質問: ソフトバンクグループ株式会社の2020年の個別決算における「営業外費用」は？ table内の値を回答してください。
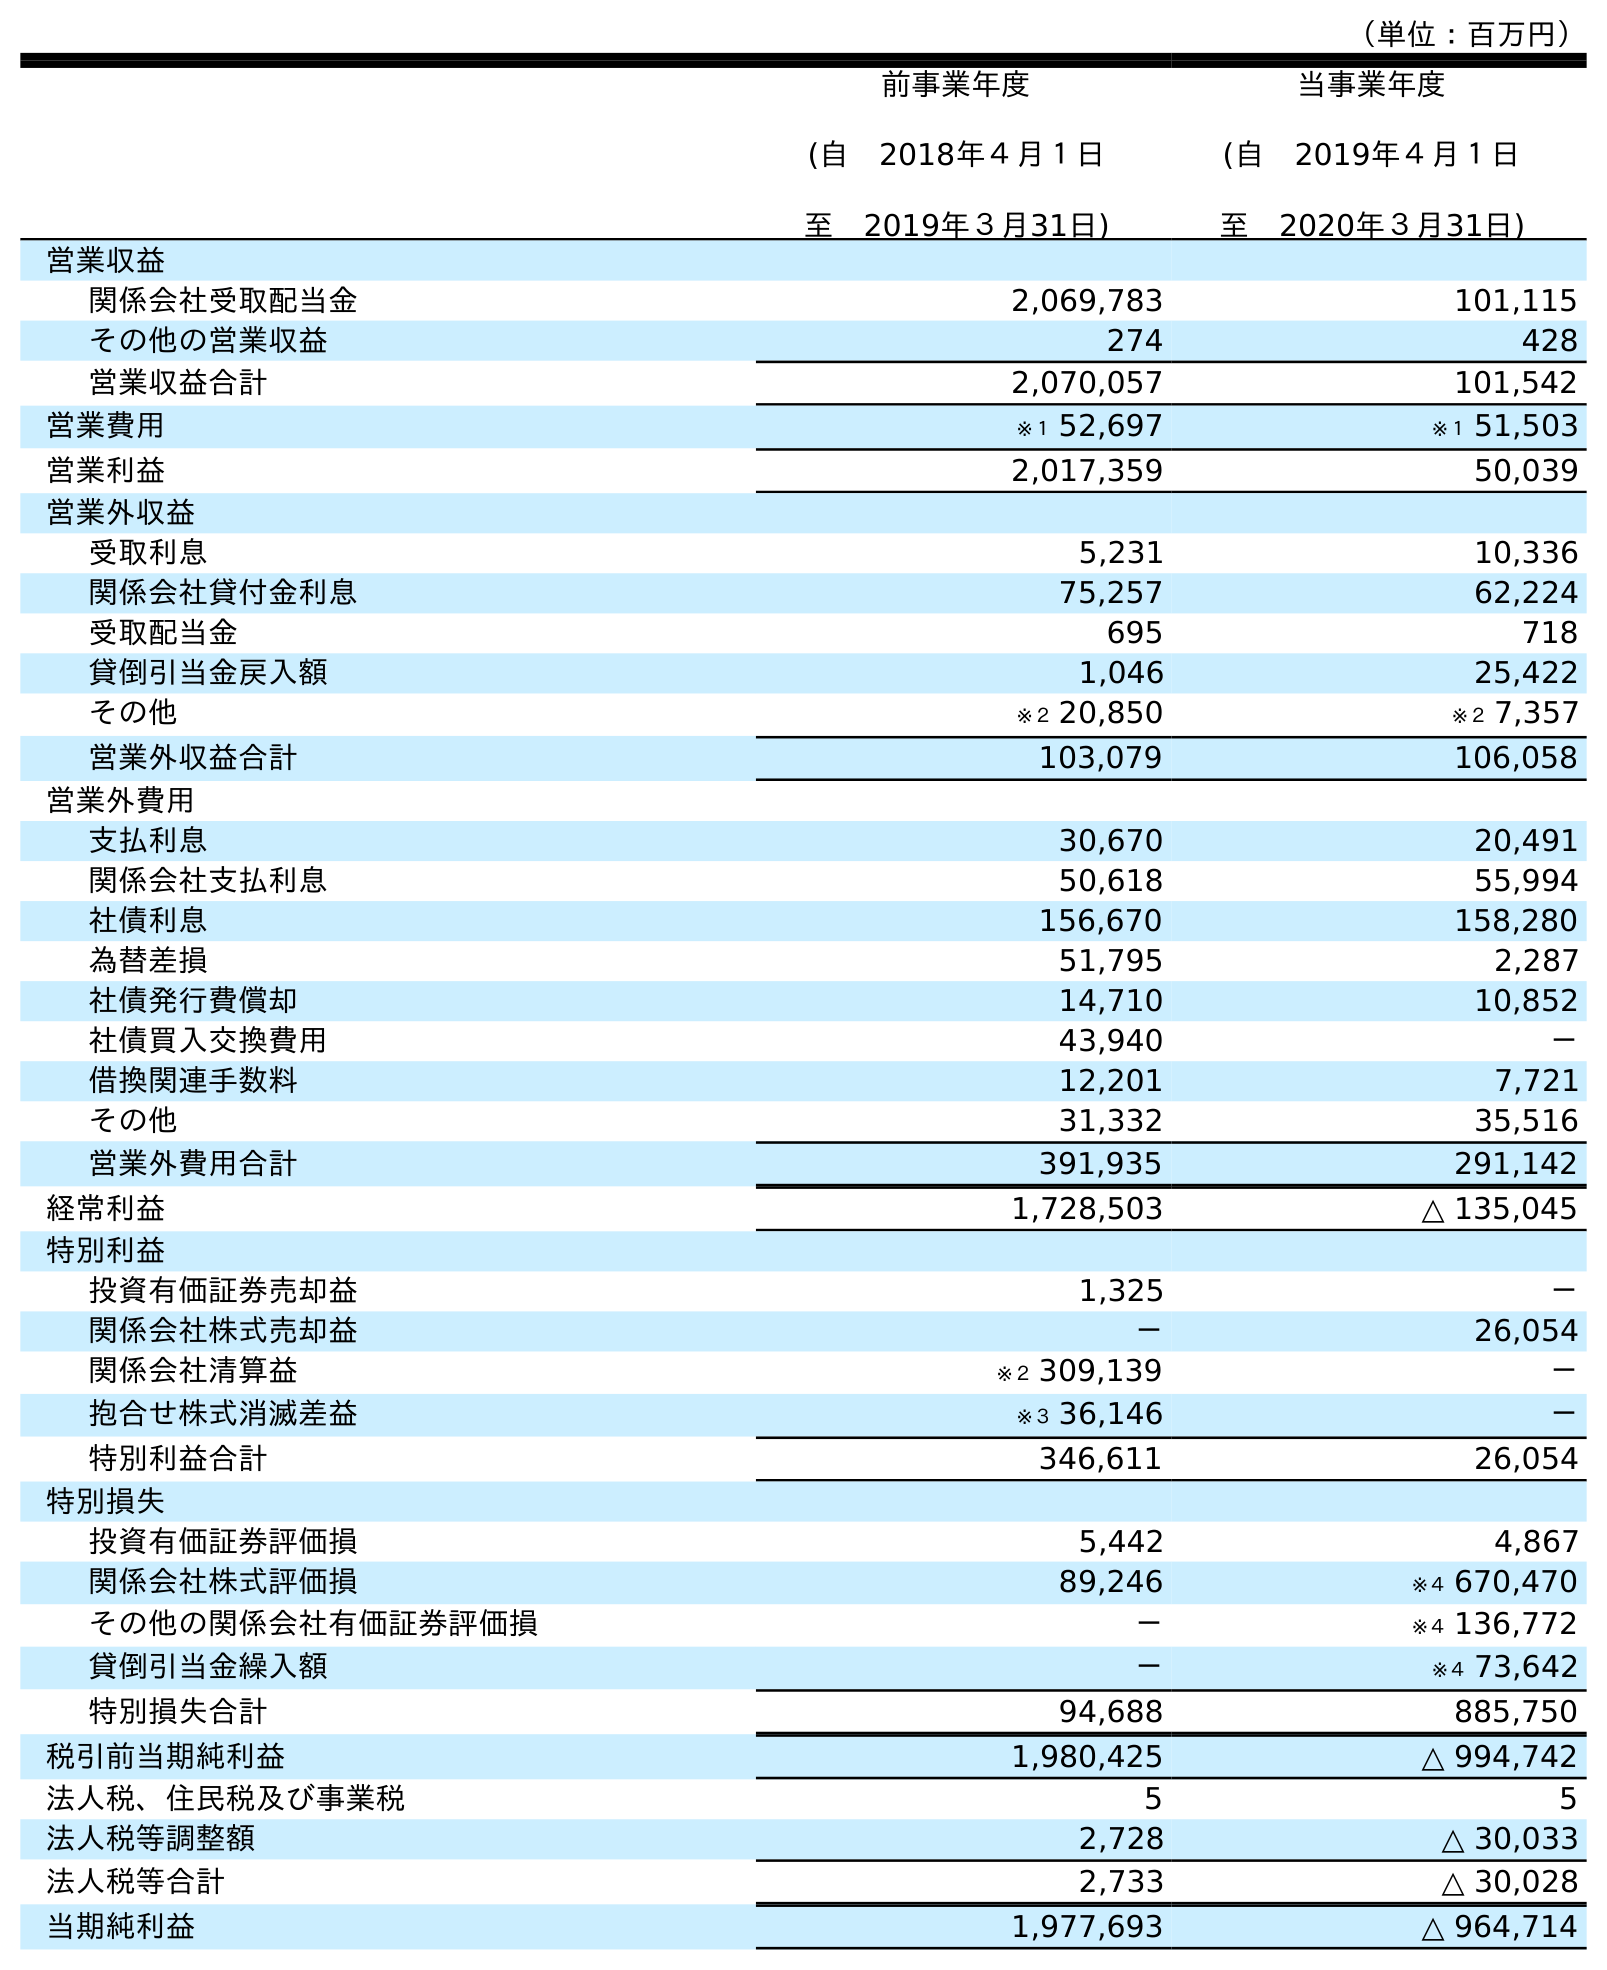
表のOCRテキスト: （単位：百万円） 前事業年度 (自 2018年４月１日 至 2019年３月31日) 当事業年度 (自 2019年４月１日 至 2020年３月31日) 営業収益 関係会社受取配当金 2,069,783 101,115 その他の営業収益 274 428 営業収益合計 2,070,057 101,542 営業費用 ※１ 52,697 ※１ 51,503 営業利益 2,017,359 50,039 営業外収益 受取利息 5,231 10,336 関係会社貸付金利息 75,257 62,224 受取配当金 695 718 貸倒引当金戻入額 1,046 25,422 その他 ※２ 20,850 ※２ 7,357 営業外収益合計 103,079 106,058 営業外費用 支払利息 30,670 20,491 関係会社支払利息 50,618 55,994 社債利息 156,670 158,280 為替差損 51,795 2,287 社債発行費償却 14,710 10,852 社債買入交換費用 43,940 － 借換関連手数料 12,201 7,721 その他 31,332 35,516 営業外費用合計 391,935 291,142 経常利益 1,728,503 △ 135,045 特別利益 投資有価証券売却益 1,325 － 関係会社株式売却益 － 26,054 関係会社清算益 ※２ 309,139 － 抱合せ株式消滅差益 ※３ 36,146 － 特別利益合計 346,611 26,054 特別損失 投資有価証券評価損 5,442 4,867 関係会社株式評価損 89,246 ※４ 670,470 その他の関係会社有価証券評価損 － ※４ 136,772 貸倒引当金繰入額 － ※４ 73,642 特別損失合計 94,688 885,750 税引前当期純利益 1,980,425 △ 994,742 法人税、住民税及び事業税 5 5 法人税等調整額 2,728 △ 30,033 法人税等合計 2,733 △ 30,028 当期純利益 1,977,693 △ 964,714
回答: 291,142